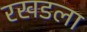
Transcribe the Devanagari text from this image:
रखडला